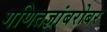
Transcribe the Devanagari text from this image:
गणितज्ञांबरोबर